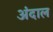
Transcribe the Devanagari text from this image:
अंदाल